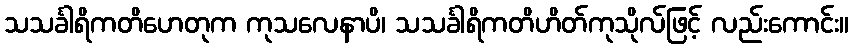
သသင်္ခါရိကတိဟေတုက ကုသလေနာပိ၊ သသင်္ခါရိကတိဟိတ်ကုသိုလ်ဖြင့် လည်းကောင်း။